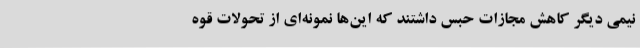
نیمی دیگر کاهش مجازات حبس داشتند که این‌ها نمونه‌ای از تحولات قوه